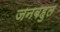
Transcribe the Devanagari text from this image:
जनबहुल